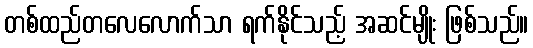
တစ်ထည်တလေလောက်သာ ရက်နိုင်သည့် အဆင်မျိုး ဖြစ်သည်။